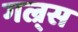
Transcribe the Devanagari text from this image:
गल्र्स